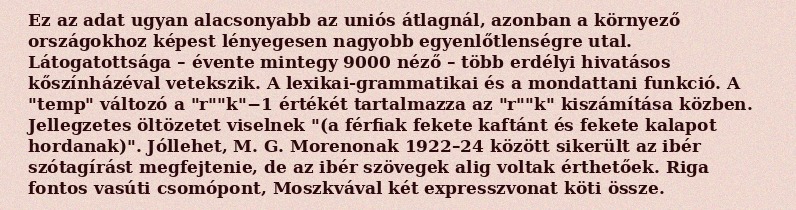
Ez az adat ugyan alacsonyabb az uniós átlagnál, azonban a környező országokhoz képest lényegesen nagyobb egyenlőtlenségre utal. Látogatottsága – évente mintegy 9000 néző – több erdélyi hivatásos kőszínházéval vetekszik. A lexikai-grammatikai és a mondattani funkció. A "temp" változó a "r""k"−1 értékét tartalmazza az "r""k" kiszámítása közben. Jellegzetes öltözetet viselnek "(a férfiak fekete kaftánt és fekete kalapot hordanak)". Jóllehet, M. G. Morenonak 1922–24 között sikerült az ibér szótagírást megfejtenie, de az ibér szövegek alig voltak érthetőek. Riga fontos vasúti csomópont, Moszkvával két expresszvonat köti össze.